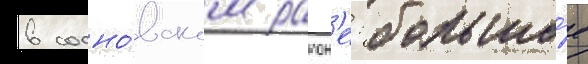
в сосно́вском раион'е: большо́е